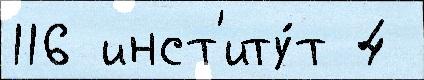
116 инст'иту́т 4